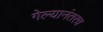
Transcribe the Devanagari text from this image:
गेल्यानंतरच